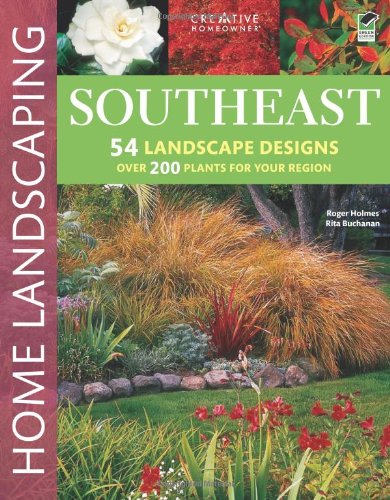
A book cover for Southeast Home Landscaping, 3rd edition; Roger Holmes Mr.; Crafts, Hobbies & Home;